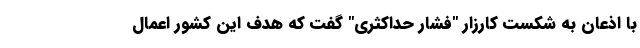
با اذعان به شکست کارزار "فشار حداکثری" گفت که هدف این کشور اعمال